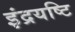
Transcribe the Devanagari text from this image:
इंद्रयष्टि